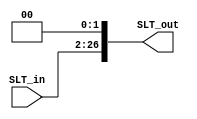
// TYPE: module
// DEPARTMENT: communication and electronics department
// AUTHOR EMAIL: mina.hannaone@gmail.com
//------------------------------------------------
// Release history
// VERSION DATE AUTHOR DESCRIPTION
// 1.0 10/7/2022 Mina Hanna final version
//------------------------------------------------
// KEYWORDS: shift left twice, multiply by 4
//------------------------------------------------
// PURPOSE: parameterized shift left twice as we need two versions in mips\
///////////////defining input and output ports//////////
module Shift_LeftTwice #(parameter WIDTH =25)(
  input      wire     [WIDTH-1:0]                           SLT_in,
  output     wire     [((WIDTH+2)>32?32:(WIDTH+2))-1:0]     SLT_out);
  
  assign SLT_out = SLT_in<<2;
  
endmodule